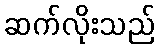
ဆက်လိုးသည်